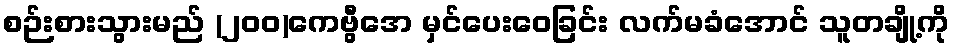
စဉ်းစားသွားမည် (၂၀၀)ကေဗွီအေ မှင်ပေးဝေခြင်း လက်မခံအောင် သူတချို့ကို